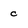
Character: c